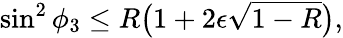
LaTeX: \sin^{2}{\phi_{3}}\le R\big(1+2{\epsilon}\sqrt{1-R}\big),